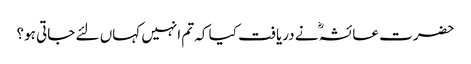
حضرت عائشہؓ نے دریافت کیا کہ تم انہیں کہاں لئے جاتی ہو؟